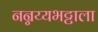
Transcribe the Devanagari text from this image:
नन्नय्यभट्टाला